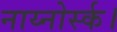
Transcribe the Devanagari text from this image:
नाय्नोर्स्क।